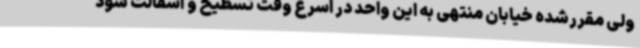
ولی مقررشده خیابان منتهی به این واحد در اسرع وقت تسطیح و آسفالت شود